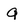
Character: g